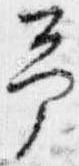
予